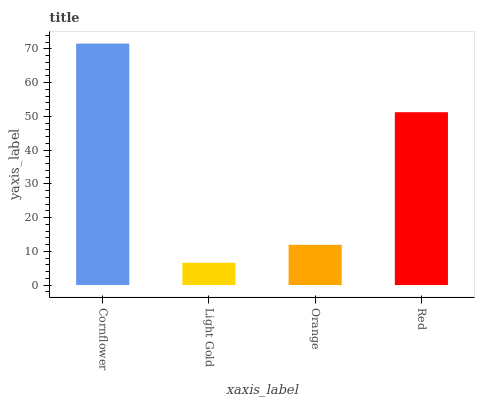
| xaxis_label | bars |
 | --- | --- |
 | Cornflower | 71.6 |
 | Light Gold | 6.6 |
 | Orange | 11.9 |
 | Red | 51.2 |